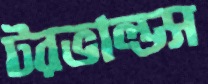
টরভাল্ডস